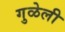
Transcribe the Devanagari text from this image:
गुळेली